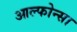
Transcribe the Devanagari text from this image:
आल्फोन्सा